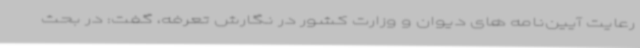
رعایت آیین‌نامه های دیوان و وزارت کشور در نگارش تعرفه، گفت: در بحث